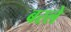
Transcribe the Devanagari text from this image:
बरले